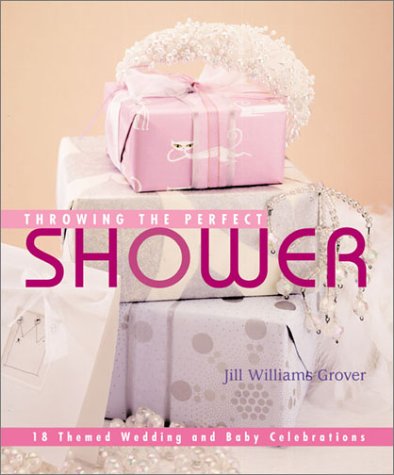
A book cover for Throwing the Perfect Shower: 18 Themed Wedding & Baby Celebrations; Jill Williams Grover; Crafts, Hobbies & Home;